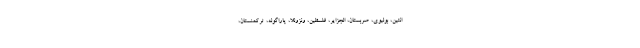
انتین، بولیوی، صربستان، الجزایر، فلسطین، ونزوئلا، پاراگوئه، ترکمنستان،